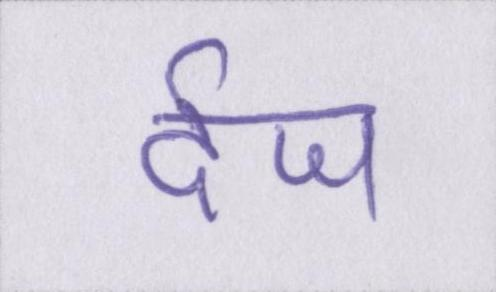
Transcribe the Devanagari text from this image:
र्दज